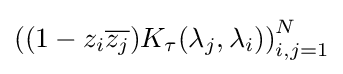
\left((1-z_{i}{\overline {z_{j}}})K_{\tau }(\lambda _{j},\lambda _{i})\right)_{i,j=1}^{N}